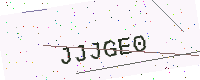
Text: JJJGE0